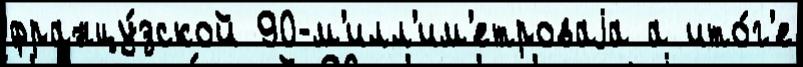
францу́зской 90-м'илл'им'етроваjа а ито́г'е